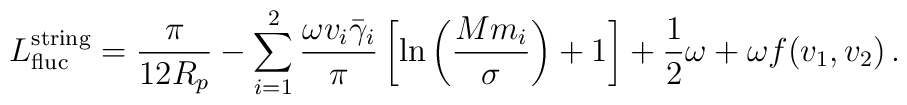
L^{{\rm string}}_{{\rm fluc}} = \frac{\pi}{12 R_p} - \sum_{i=1}^2\frac{\omega v_i \bar\gamma_i}{\pi} \left[ \ln\left(\frac{Mm_i}{\sigma}\right) + 1 \right]+ \frac{1}{2} \omega + \omega f(v_1, v_2) \,.